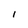
Character: I